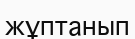
жұптанып